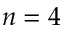
n = 4